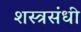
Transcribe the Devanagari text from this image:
शस्त्रसंधी